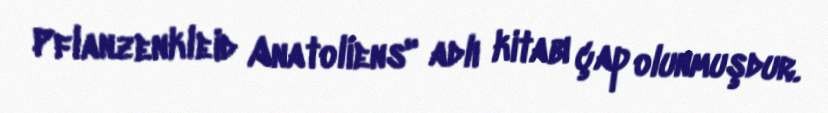
Pflanzenkleid Anatoliens" adlı kitabı çap olunmuşdur.